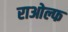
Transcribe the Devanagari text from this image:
राओल्फ